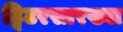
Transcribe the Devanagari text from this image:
ट्विटरसारख्या